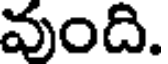
వుంది.